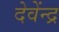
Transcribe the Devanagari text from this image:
देवेंन्द्र